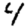
Digit: 4